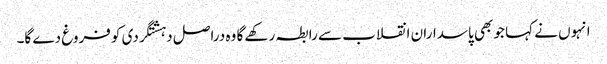
انہوں نے کہا جو بھی پاسداران انقلاب سے رابطہ رکھے گا وہ دراصل دہشتگردی کو فروغ دے گا۔